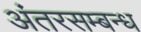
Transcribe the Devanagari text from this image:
अंतरसम्बन्ध